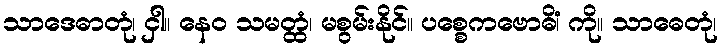
သာဒေဓာတုံ၊ ငှါ။ နေဝ သမတ္ထံ၊ မစွမ်းနိုင်။ ပစ္စေကဗောဓိံ၊ ကို။ သာဓေတုံ၊